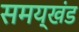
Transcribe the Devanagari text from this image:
समय्खंड